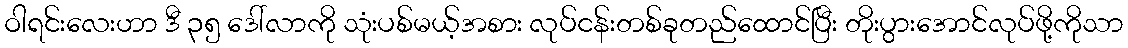
ဝါရင်းလေးဟာ ဒီ ၃၅ ဒေါ်လာကို သုံးပစ်မယ့်အစား လုပ်ငန်းတစ်ခုတည်ထောင်ပြီး တိုးပွားအောင်လုပ်ဖို့ကိုသာ